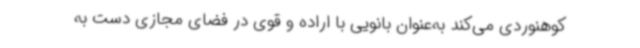
کوهنوردی می‌کند به‌عنوان بانویی با اراده و قوی در فضای مجازی دست به